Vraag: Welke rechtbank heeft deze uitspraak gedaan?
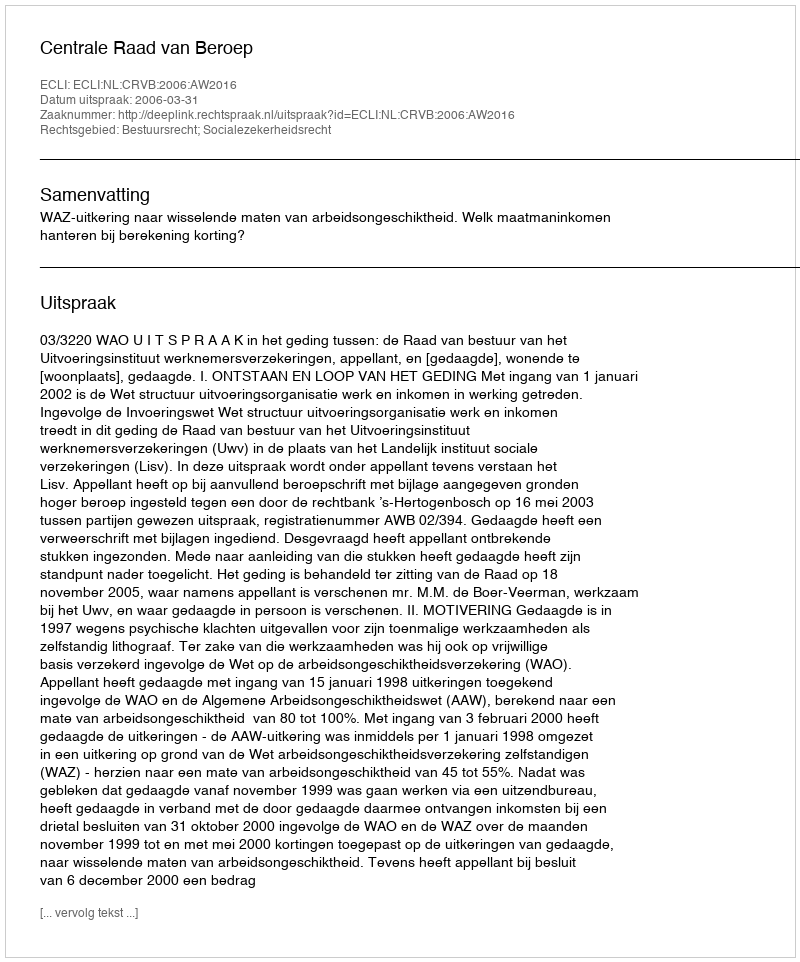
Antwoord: Centrale Raad van Beroep